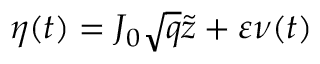
\eta ( t ) = J _ { 0 } \sqrt { q } \tilde { z } + \varepsilon \nu ( t )